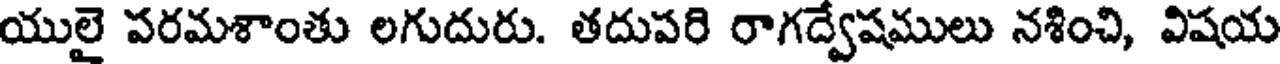
యులై పరమశాంతు లగుదురు. తదుపరి రాగద్వేషములు నశించి, విషయ